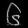
Digit: ၆